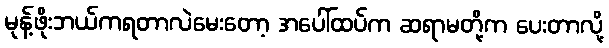
မုန့်ဖိုးဘယ်ကရတာလဲမေးတော့ အပေါ်ထပ်က ဆရာမတို့က ပေးတာလို့